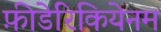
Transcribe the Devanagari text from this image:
फ़ीडेरिकियेनम